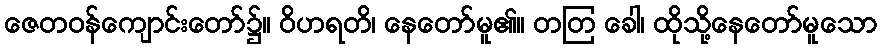
ဇေတဝန်ကျောင်းတော်၌။ ဝိဟရတိ၊ နေတော်မူ၏။ တတြ ခေါ၊ ထိုသို့နေတော်မူသော